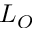
L _ { O }